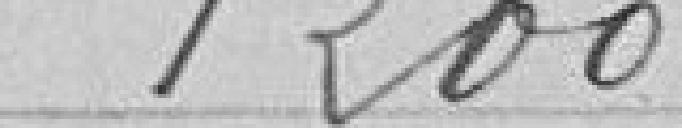
1200